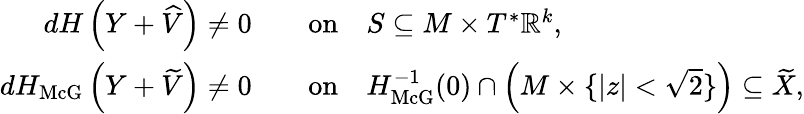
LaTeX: \begin{array}{rl}{dH\left(Y+\widehat{V}\right)\neq 0}&{\quad\mathrm{on}\quad S\subseteq M\times T^{*}{\mathbb R}^{k},}\\ {dH_{\operatorname{McG}}\left(Y+\widetilde{V}\right)\neq 0}&{\quad\mathrm{on}\quad H_{\operatorname{McG}}^{-1}(0)\cap\left(M\times\{ |z|<\sqrt{2}\} \right)\subseteq\widetilde{X},}\end{array}